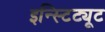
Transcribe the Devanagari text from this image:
इन्स्टिट्यूट